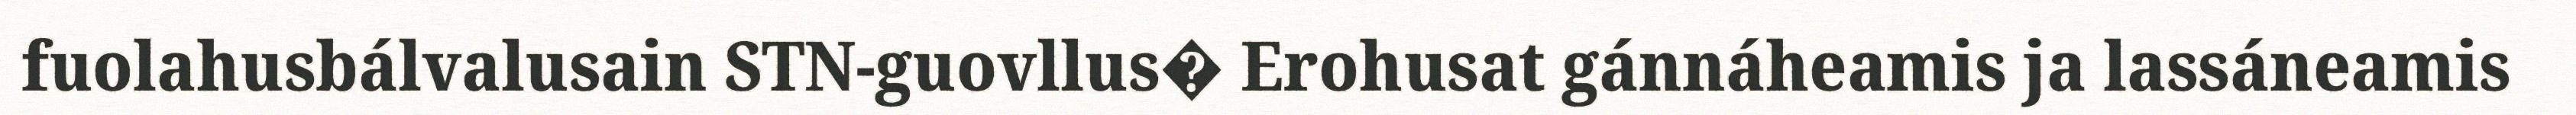
fuolahusbálvalusain STN-guovllus� Erohusat gánnáheamis ja lassáneamis